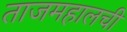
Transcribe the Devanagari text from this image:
ताजमहालची